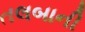
તલબાની